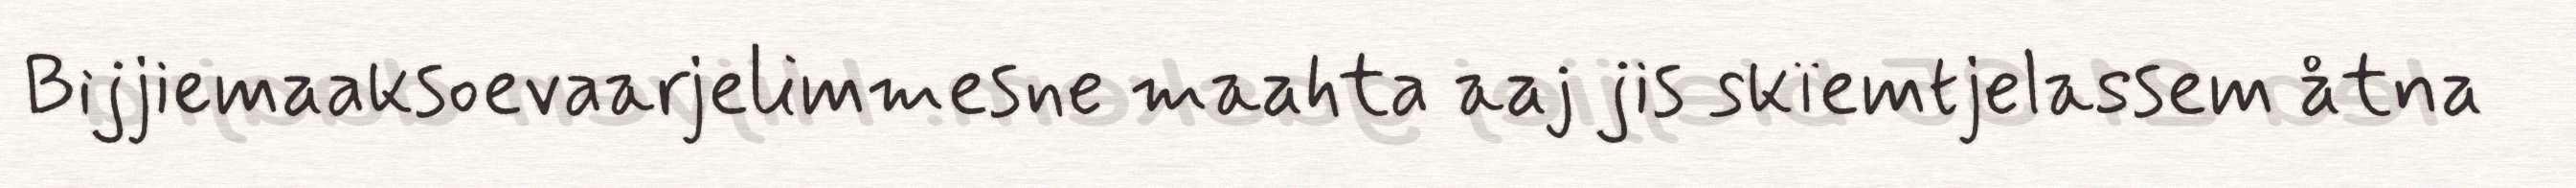
Bijjiemaaksoevaarjelimmesne maahta aaj jis skïemtjelassem åtna